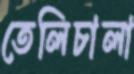
তেলিচালা